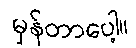
မှန်တာပေါ့။